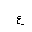
Letter: _ayn